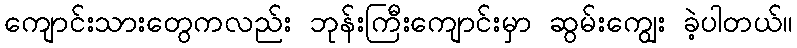
ကျောင်းသားတွေကလည်း ဘုန်းကြီးကျောင်းမှာ ဆွမ်းကျွေး ခဲ့ပါတယ်။